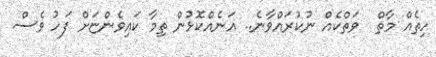
ހިތެއް މާތް  ވަތްކެއް ނުކުރައްވާނެ.. އަނެއްކޮޅުން ތިމާ ކައިވެންޏަށް ފަހު ވެސް